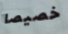
خصيصا